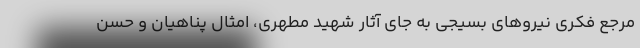
مرجع فکری نیروهای بسیجی به جای آثار شهید مطهری، امثال پناهیان و حسن